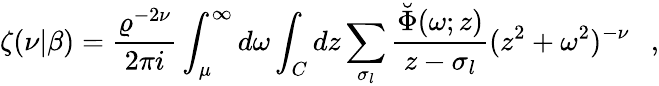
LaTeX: \zeta(\nu|\beta)={\frac{\varrho^{-2\nu}}{2\pi i}}\int_{\mu}^{\infty}d\omega\int_{C}dz\sum_{\sigma_{l}}{\frac{\breve{\Phi}(\omega;z)}{z-\sigma_{l}}}(z^{2}+\omega^{2})^{-\nu}~~~,